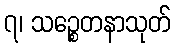
၇၊ သဉ္စေတနာသုတ်